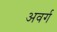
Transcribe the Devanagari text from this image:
अवर्ग